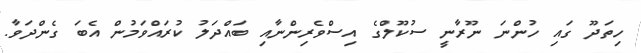
ހިތަދޫ ގައި ހުންނަ ނޫރާނީ ސުކޫލްގެ އިސްވެރިންނާއި ބައްދަލު ކުރައްވަމުން އެބަ ގެންދަވާ.